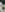
: